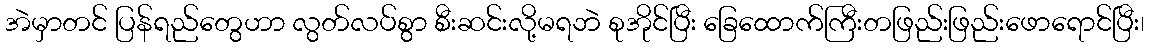
အဲမှာတင် ပြန်ရည်တွေဟာ လွတ်လပ်စွာ စီးဆင်းလို့မရဘဲ စုအိုင်ပြီး ခြေထောက်ကြီးတဖြည်းဖြည်းဖောရောင်ပြီး၊